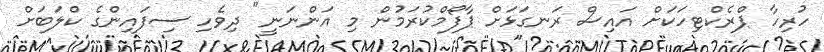
ހުރިހާ ޕްރެކްޓިހަކަށް އައިސް ރަނގަޅަށް ޕާފޯމްކުރަމުން މި އަންނަނީ" ދިވެހި ސިފައިންގެ ކްލަބަށް